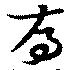
喬